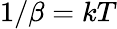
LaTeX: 1/\beta=kT